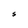
Character: S